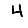
Digit: 4